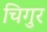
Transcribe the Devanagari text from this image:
चिगुर